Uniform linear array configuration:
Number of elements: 8
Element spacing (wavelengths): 0.75
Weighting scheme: blackman
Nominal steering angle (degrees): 30
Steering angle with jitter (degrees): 30.766
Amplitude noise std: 0.05
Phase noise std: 0.05

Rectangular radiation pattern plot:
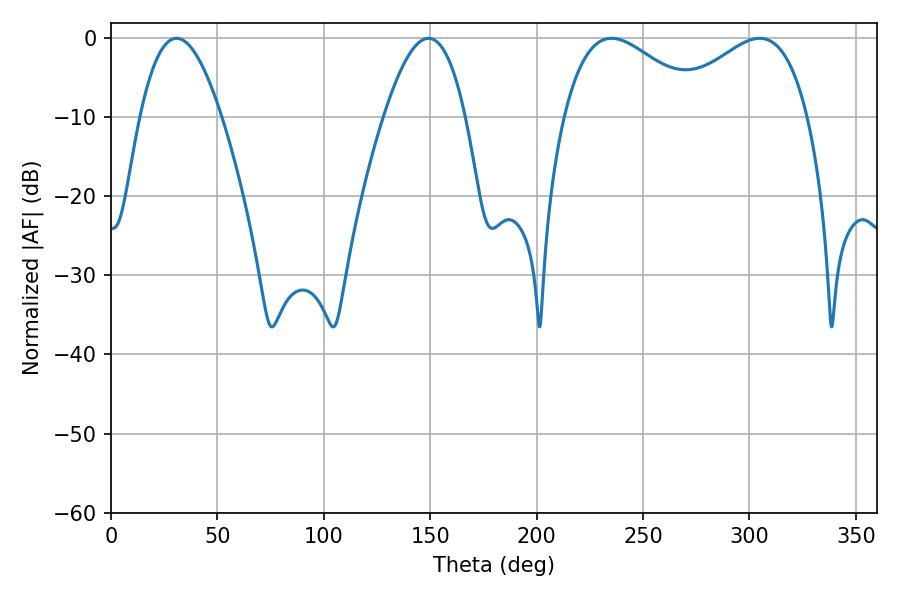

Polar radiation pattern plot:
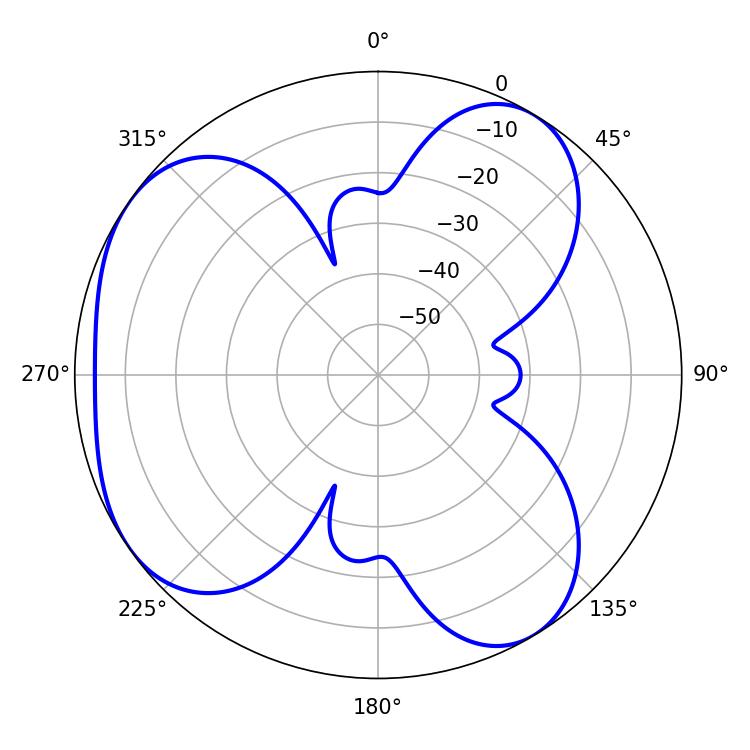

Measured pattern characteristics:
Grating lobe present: TRUE
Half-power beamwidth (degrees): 21.06
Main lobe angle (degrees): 30.78